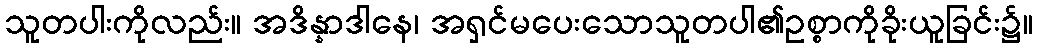
သူတပါးကိုလည်း။ အဒိန္နာဒါနေ၊ အရှင်မပေးသောသူတပါ၏ဥစ္စာကိုခိုးယူခြင်း၌။